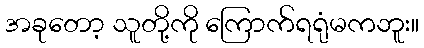
အခုတော့ သူတို့ကို ကြောက်ရရုံမကဘူး။